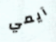
آيمي